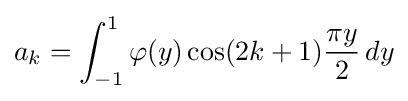
a_{k}=\int _{-1}^{1}\varphi (y)\cos(2k+1){\frac {\pi y}{2}}\,dy